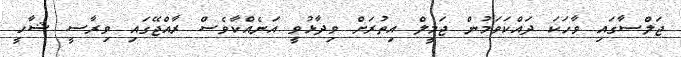
ޖަލްސާގައި ވާހަކަ ދައްކަވަމުން ޖަމީލް އިތުރަށް ވިދާޅުވީ އަނެއްކާވެސް ރާއްޖޭގައި ވިރާސީ ޝާހީ